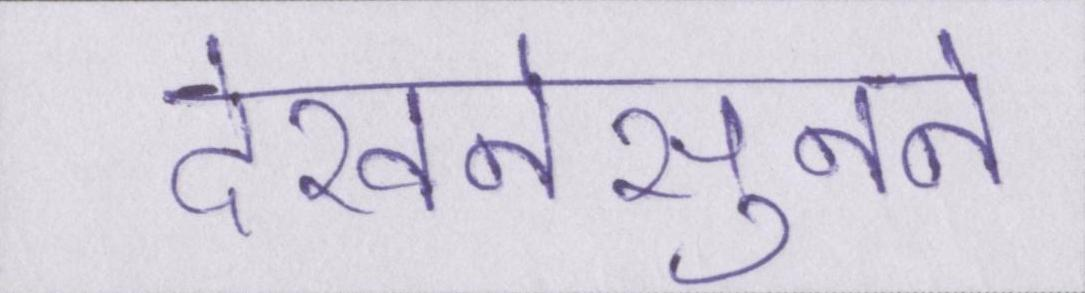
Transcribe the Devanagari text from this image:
देखनेसुनने